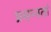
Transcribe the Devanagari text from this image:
प्रसन्नतां